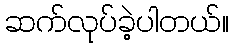
ဆက်လုပ်ခဲ့ပါတယ်။